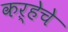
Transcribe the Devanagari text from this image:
कऱ्हेचे